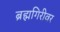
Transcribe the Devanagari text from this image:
ब्रह्मगिरीवर